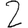
Digit: 2